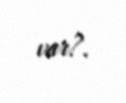
var?.